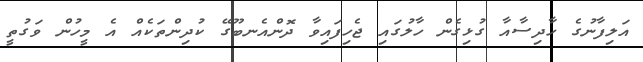
އަލިފާނުގެ ހާދިސާއާ ގުޅިގެން ހާލުގައި ޖެހިފައިވާ ދޮންއެނބޫގޭ ކުދިންތަކެއް އެ މީހުން ވަގުތީ